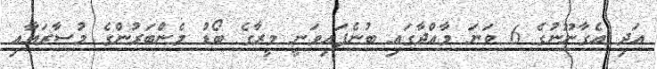
އަދި އެގާނޫނުގެ 6 ވަނަ މާއްދާގައި ބުނެފައިވަނީ މީރާގެ ބޯޑު މެންބަރުންގެ މުސާރައާއި